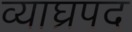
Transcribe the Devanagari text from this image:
व्याघ्रपद